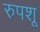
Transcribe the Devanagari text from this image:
रुपशू